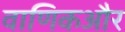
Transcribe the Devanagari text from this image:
वाणिकऔर